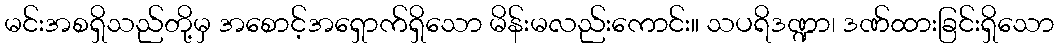
မင်းအစရှိသည်တို့မှ အစောင့်အရှောက်ရှိသော မိန်းမလည်းကောင်း။ သပရိဒဏ္ဍာ၊ ဒဏ်ထားခြင်းရှိသော